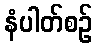
နံပါတ်စဉ်